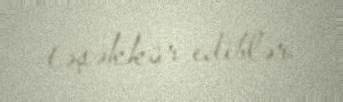
təşəkkür ediblər.